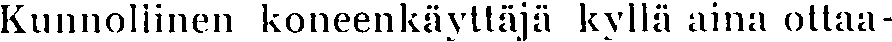
Kunnoliinen koneenkäyttäjä kyllä aina ottaa-